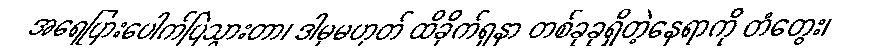
အရေပြားပေါက်ပြဲသွားတာ၊ ဒါမှမဟုတ် ထိခိုက်ရှနာ တစ်ခုခုရှိတဲ့နေရာကို တံတွေး၊